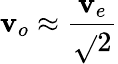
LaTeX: \mathbf{v}_{o}\approx{\frac{{\mathbf{v}_{e}}}{{\sqrt{}{{2}}}}}